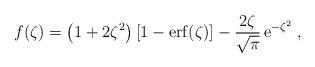
LaTeX: \begin{align*}f(\zeta )= \left( 1 + 2\zeta ^{2} \right) [1-{\rm erf}(\zeta )] -\frac{2\zeta}{\sqrt{\pi}}\,{\rm e}^{-\zeta ^{2}} \; ,\end{align*}